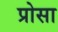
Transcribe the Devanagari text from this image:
प्रोसा